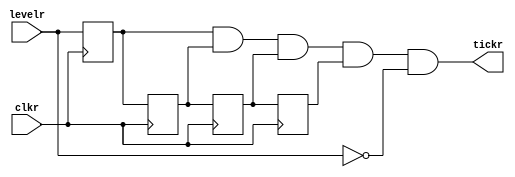
`timescale 1ns / 1ps
//////////////////////////////////////////////////////////////////////////////////
// Company: 
// Engineer: 
// 
// Design Name: 
// Module Name:    controlbotones3 
// Project Name: 
// Target Devices: 
// Tool versions: 
// Description: 
//
// Dependencies: 
//
// Revision: 
// Revision 0.01 - File Created
// Additional Comments: 
//
//////////////////////////////////////////////////////////////////////////////////
module controlbotones3( 

input wire clkr,  
input wire levelr, 
output wire tickr
);           
reg FF1;       
reg FF2;       
reg FF3; 
reg FF4; 
     

always @(posedge clkr) 
begin
          
      FF1<=levelr;      //el siguiente valor de FF1 sera elevelr
      FF2<=FF1;   //el siguiente valor de FF2 sera FF1
      FF3<=FF2;   //el siguiente valor de FF3 sera FF2
		FF4<=FF3;
end

assign tickr = FF1 & FF2 & FF3 & FF4 & !levelr;   //outp sera 1 si FF1, FF2, FF3 y FF4 son 1 .

endmodule